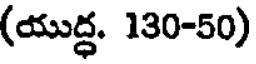
(యుద్ధ. 130-50)